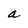
Character: a